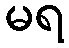
မရ